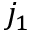
j _ { 1 }